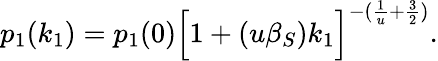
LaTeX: p_{1}(k_{1})=p_{1}(0)\Big[1+(u\beta_{S})k_{1}\Big]^{-(\frac{1}{u}+\frac{3}{2})}.